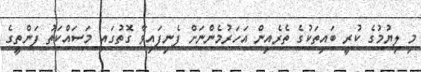
މި ލިޔުމުގެ ކުރީ ބައިތަކުގެ ތެރެއިން އަހަރުމެންނަށް ފެނިފައިވާ ގޮތުގައި މަސައްކަތު ފަންތީގެ